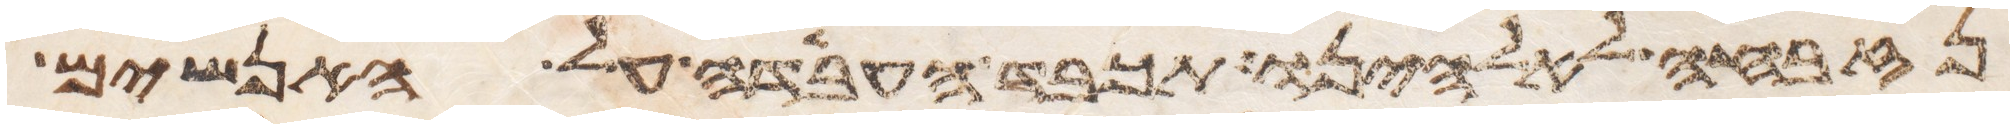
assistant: נזבחה לאלהינו תכבד העבדה על האנשים